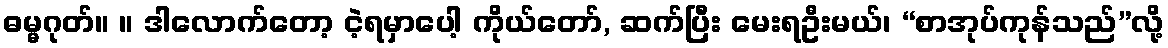
ဓမ္မဂုတ်။ ။ ဒါလောက်တော့ ငဲ့ရမှာပေါ့ ကိုယ်တော်, ဆက်ပြီး မေးရဦးမယ်၊ “စာအုပ်ကုန်သည်”လို့